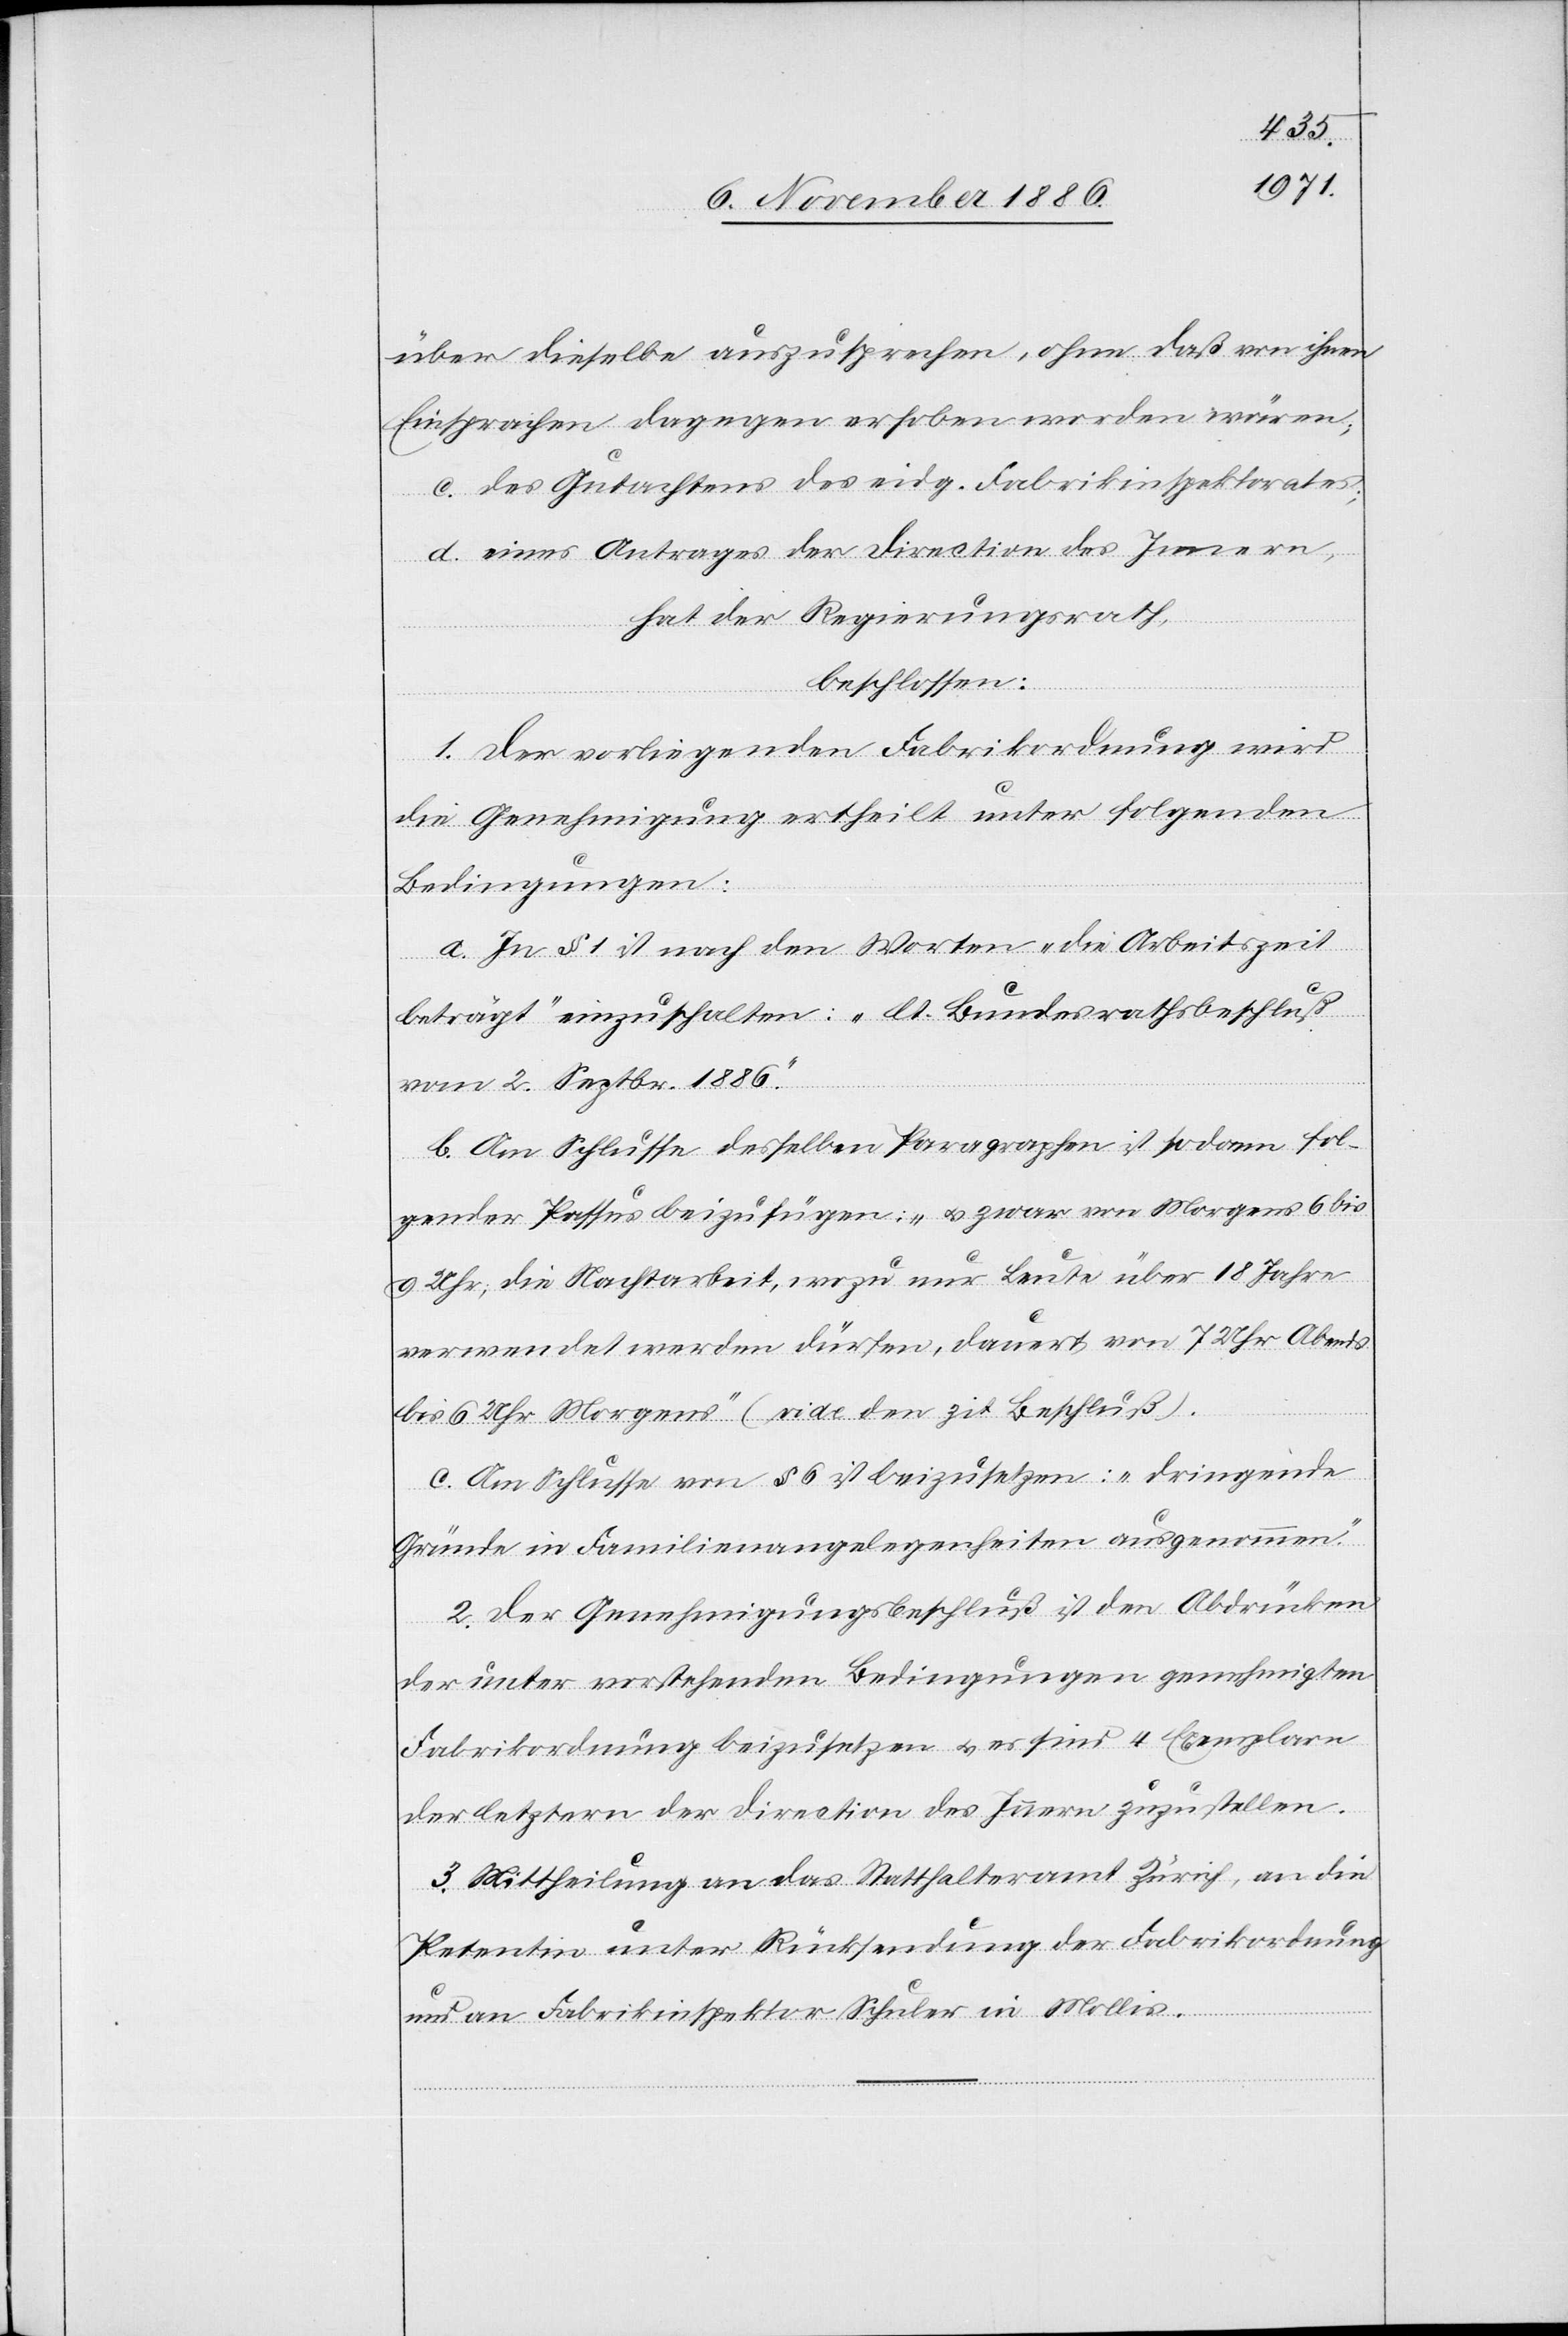
über dieselbe auszusprechen, ohne daß von ihnen
Einsprachen dagegen erhoben worden wären;
c. des Gutachtens des eidg. Fabrikinspektorates;
d. eines Antrages der Direction des Innern,
hat der Regierungsrath,
beschlossen:
1. Der vorliegenden Fabrikordnung wird
die Genehmigung ertheilt unter folgenden
Bedingungen:
a. In § 1 ist nach den Worten „die Arbeitszeit
beträgt“ einzuschalten: „lt. Bundesrathsbeschluß
vom 2. Septbr. 1886.“
b. Am Schlusse desselben Paragraphen ist sodann fol¬
gender Passus beizufügen: „& zwar von Morgens 6 bis
9 Uhr; die Nachtarbeit, wozu nur Leute über 18 Jahre
verwendet werden dürfen, dauert von 7 Uhr Abends
bis 6 Uhr Morgens“ (vide den zit. Beschluß).
c. Am Schlusse von § 6 ist beizusetzen: „dringende
Gründe in Familienangelegenheiten ausgenommen.“
2. Der Genehmigungsbeschluß ist den Abdrücken
der unter vorstehenden Bedingungen genehmigten
Fabrikordnung beizusetzen & es sind 4 Exemplare
der letztern der Direction des Innern zuzustellen.
3. Mittheilung an das Statthalteramt Zürich, an die
Petentin unter Rücksendung der Fabrikordnung
und an Fabrikinspektor Schuler in Mollis.